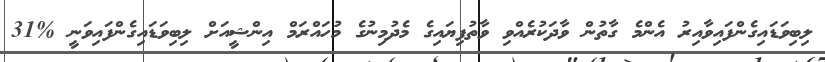
ލިބިވަޑައިގެންފައިވާއިރު އެންމެ ގާތުން ވާދަކުރެއްވި ވާތުފިޔައިގެ މެދުމިނުގެ މުހައްރަމް އިންޝީއަށް ލިބިވަޑައިގެންފައިވަނީ %31